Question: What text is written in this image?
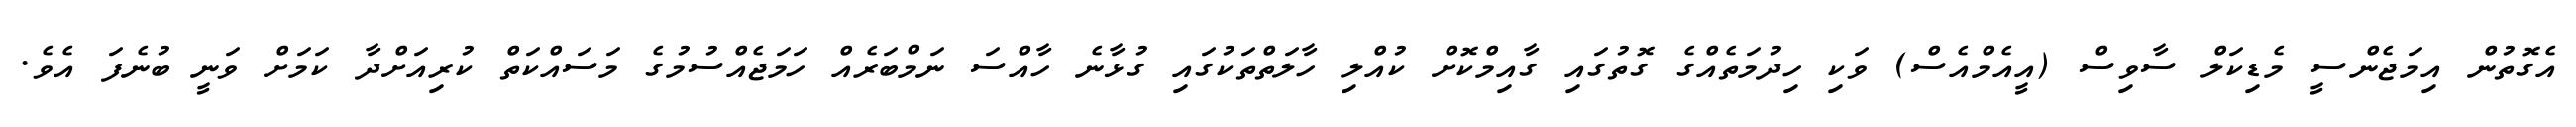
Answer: އެގޮތުން އިމަޖެންސީ މެޑިކަލް ސާވިސް (އީއެމްއެސް) ވަކި ހިދުމަތެއްގެ ގޮތުގައި ގާއިމްކޮށް ކުއްލި ހާލަތްތަކުގައި ގުޅާނެ ހާއްސަ ނަމްބަރެއް ހަމަޖެއްސުމުގެ މަސައްކަތް ކުރިއަށްދާ ކަމަށް ވަނީ ބުނެފަ އެވެ.